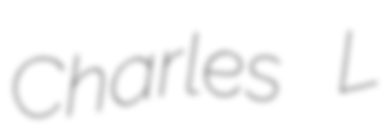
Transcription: Charles L